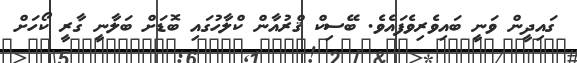
ގައިދީން ވަނީ ބައިވެރިވެފައެވެ. ބޭސިކް ޤްރުއާން ކްލާހުގައި ބޮޑަށް ބަލާނީ ގާރީ ކޯހަށް